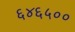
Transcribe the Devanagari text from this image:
६४६५००